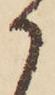
か